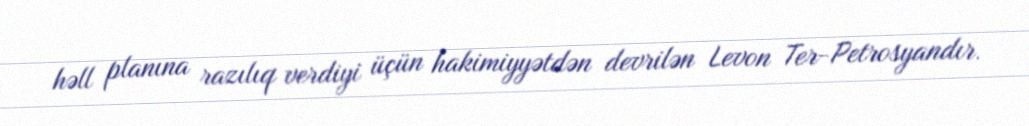
həll planına razılıq verdiyi üçün hakimiyyətdən devrilən Levon Ter-Petrosyandır.